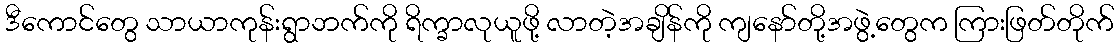
ဒီကောင်တွေ သာယာကုန်းရွာဘက်ကို ရိက္ခာလုယူဖို့ လာတဲ့အချိန်ကို ကျနော်တို့အဖွဲ့တွေက ကြားဖြတ်တိုက်